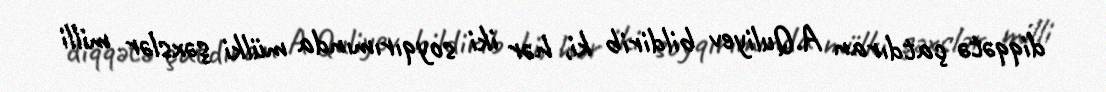
diqqətə çatdıran A.Quliyev bildirib ki, hər iki soyqırımında mülki şəxslər milli